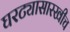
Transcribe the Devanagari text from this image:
घरट्यासारखीच